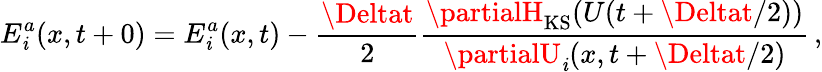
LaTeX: E_{\mathit{i}}^{a}(x,t+0)=E_{\mathit{i}}^{a}(x,t)-\frac{{\Deltat}}{{2}}\frac{{\partialH_{\mathrm{{KS}}}(U(t+\Deltat/2))}}{{\partialU_{\mathit{i}}(x,t+\Deltat/2)}}\, ,